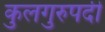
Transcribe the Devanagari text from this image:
कुलगुरुपदी